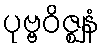
ပုဗ္ဗဝိဇ္ဈနံ